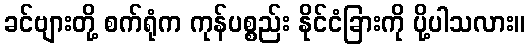
ခင်ဗျားတို့ စက်ရုံက ကုန်ပစ္စည်း နိုင်ငံခြားကို ပို့ပါသလား။